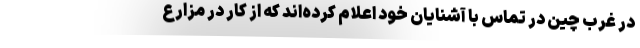
در غرب چین در تماس با آشنایان خود اعلام کرده‌اند که از کار در مزارع